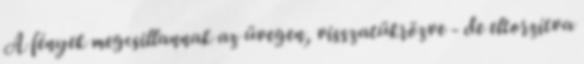
A fények megcsillannak az üvegen, visszatükrözve - de eltorzítva